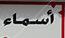
أسماء